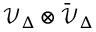
{ \mathcal { V } } _ { \Delta } \otimes { \bar { \mathcal { V } } } _ { \Delta }